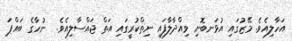
އަހާލިއެވެ. މޭޒުގައި އުޅަނބޮށި ވިއްދާލާފައި ނިތްކުރީގައި އަތް ޖައްސާލިއެވެ.  ނުހާގެ ބައްޕަ